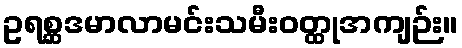
ဥရစ္ဆဒမာလာမင်းသမီးဝတ္ထုအကျဉ်း။